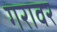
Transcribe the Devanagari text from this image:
गरावर